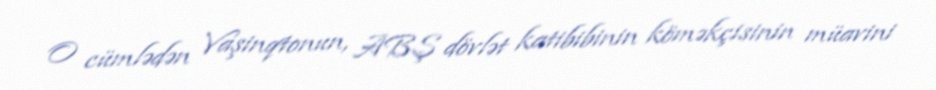
O cümlədən Vaşinqtonun, ABŞ dövlət katibibinin köməkçisinin müavini